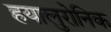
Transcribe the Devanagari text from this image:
हयालुरोनिक